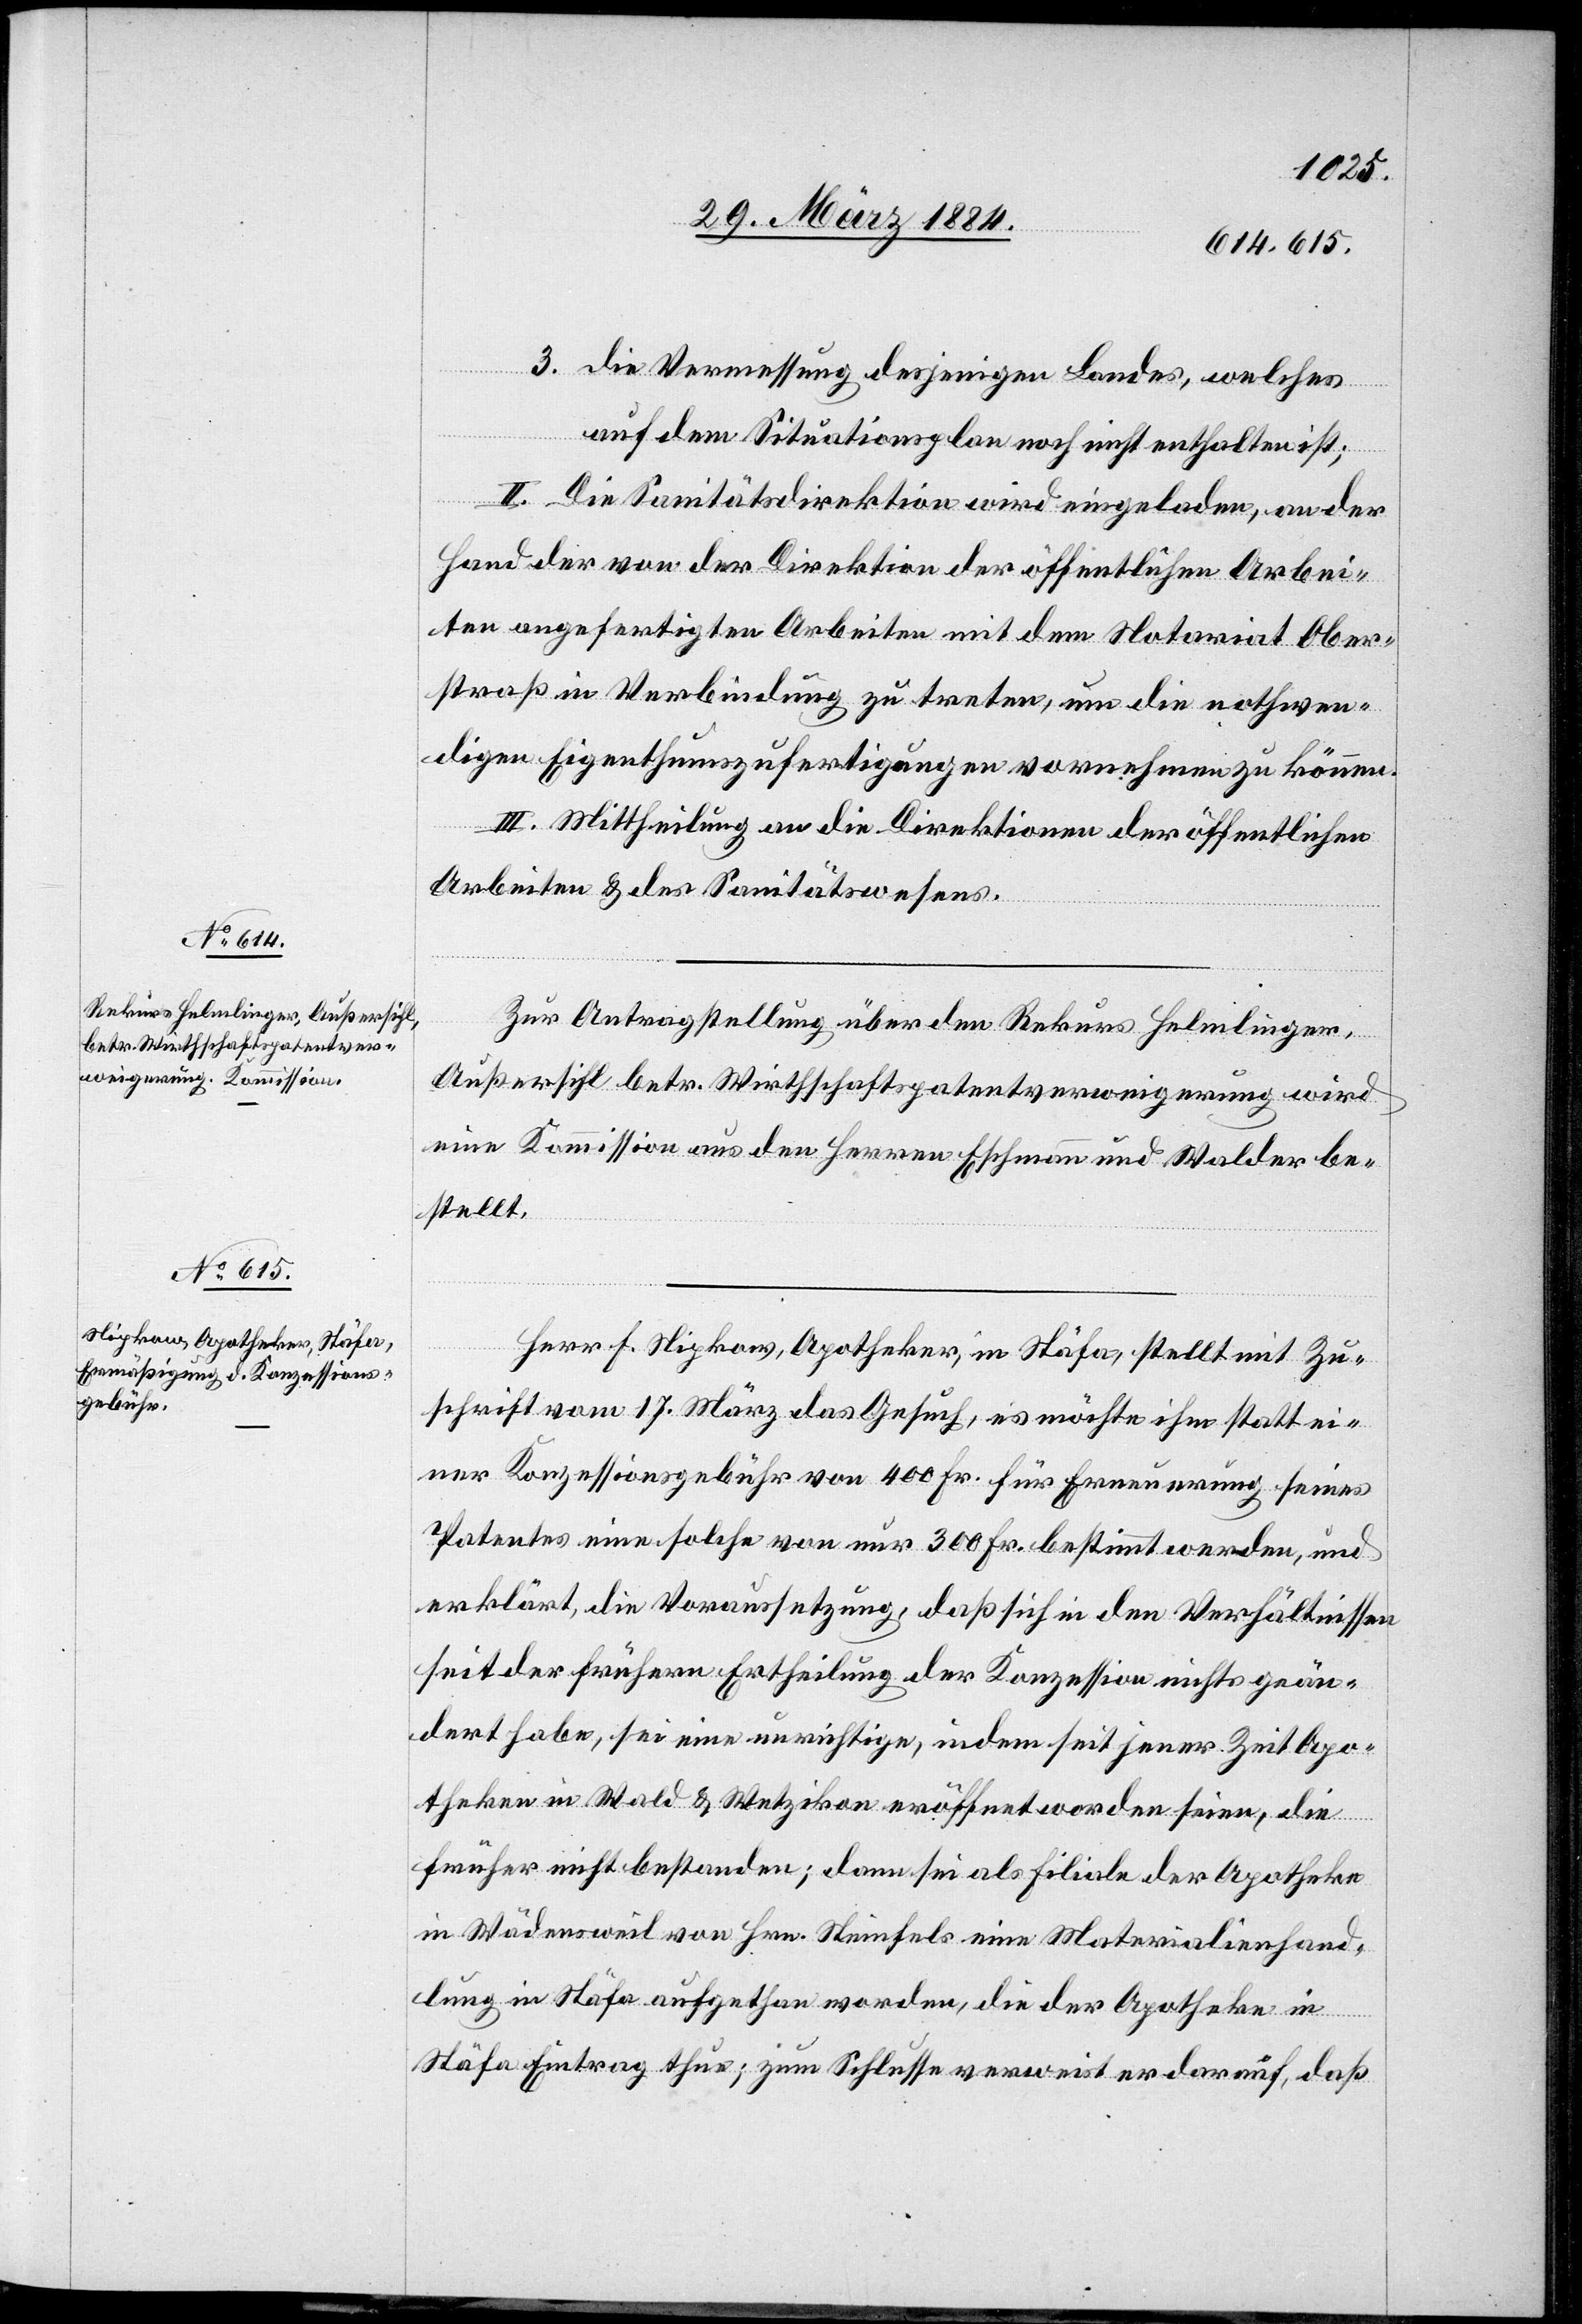
3. die Vermessung desjenigen Landes, welches
auf dem Situationsplan noch nicht enthalten ist;
II. Die Sanitätsdirektion wird eingeladen, an der
Hand der von der Direktion der öffentlichen Arbei¬
ten angefertigten Arbeiten mit dem Notariat Ober¬
straß in Verbindung zu treten, um die nothwen¬
digen Eigenthumszufertigungen vornehmen zu können.
III. Mittheilung an die Direktionen der öffentlichen
Arbeiten & des Sanitätswesens.
Zur Antragstellung über den Rekurs Helmlinger,
Außersihl betr. Wirtschaftspatentverweigerung wird
eine Kommission aus den Herren Eschmann und Walder be¬
stellt.
Herr F. Nipkow, Apotheker, in Stäfa, stellt mit Zu¬
schrift vom 17. März das Gesuch, es möchte ihm statt ei¬
ner Konzessionsgebühr von 400 Fr. für Erneuerung seines
Patentes eine solche von nur 300 Fr. bestimmt werden, und
erklärt, die Voraussetzung, daß sich in den Verhältnissen
seit der frühern Ertheilung der Konzession nichts geän¬
dert habe, sei eine unrichtige, indem seit jener Zeit Apo¬
theken in Wald & Wetzikon eröffnet worden seien, die
früher nicht bestanden; dann sei als Filiale der Apotheke
in Wädensweil von Hrn. Steinfels eine Materialienhand¬
lung in Stäfa aufgethan worden, die der Apotheke in
Stäfa Eintrag thue; zum Schlusse verweist er darauf, daß